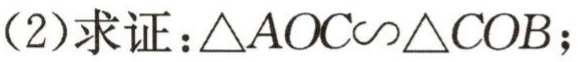
(2)求证：\(\triangle AOC\sim\triangle COB\)；